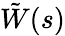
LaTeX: \tilde{W}(s)